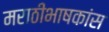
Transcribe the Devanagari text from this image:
मराठीभाषकांस